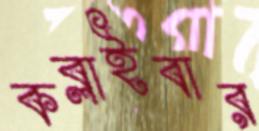
কব্‌লাইবার